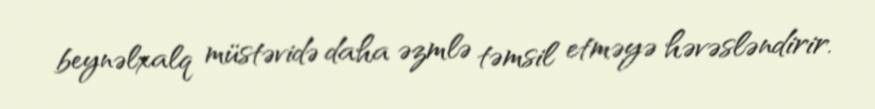
beynəlxalq müstəvidə daha əzmlə təmsil etməyə həvəsləndirir.